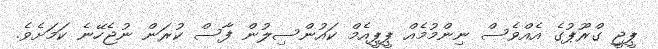
ޕީޖީ ގްރޫޕުގެ އެއްވެސް ނިންމުމެއް ޕީޕީއެމް ކައުންސިލުން ފާސް ކުރަން ނުޖެހޭނެ ކަމަށެވެ.